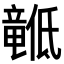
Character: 𬺙